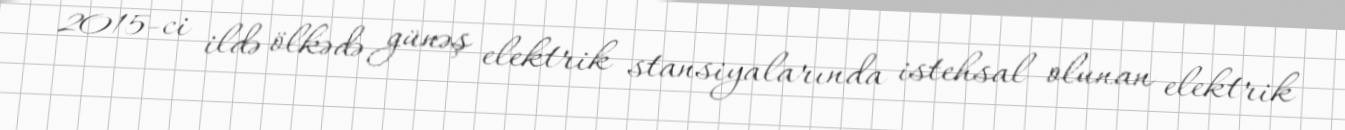
2015-ci ildə ölkədə günəş elektrik stansiyalarında istehsal olunan elektrik